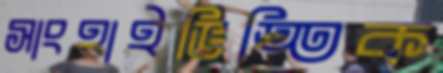
সাংহাইভিত্তিক